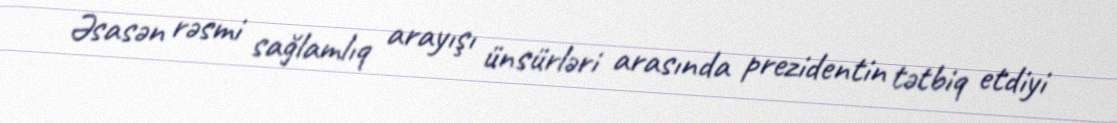
Əsasən rəsmi sağlamlıq arayışı ünsürləri arasında prezidentin tətbiq etdiyi